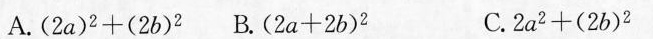
A.$$( 2 a ) ^ { 2 } + ( 2 b ) ^ { 2 }$$ B.$$( 2 a + 2 b ) ^ { 2 }$$ C.$$2 a ^ { 2 } + ( 2 b ) ^ { 2 }$$